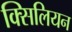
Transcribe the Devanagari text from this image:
क्सिलियन